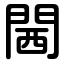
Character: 閪